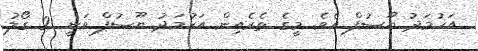
އަހުމަދު ޔޫސުފް އެވެ. މީގެ ތެރެއިން އަހުމަދު ޔޫސުފް ވަނީ 2 ގޯލު